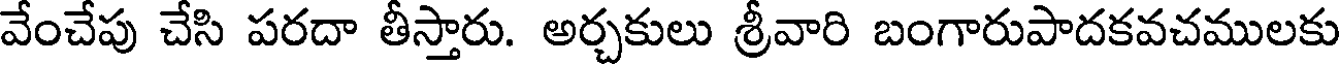
వేంచేపు చేసి పరదా తీస్తారు. అర్చకులు శ్రీవారి బంగారుపాదకవచములకు